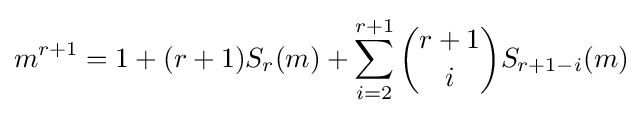
m^{r+1}=1+(r+1)S_{r}(m)+\sum _{i=2}^{r+1}{\binom {r+1}{i}}S_{r+1-i}(m)